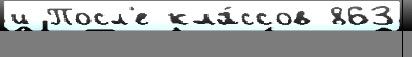
и Посл'е кла́ссов 863